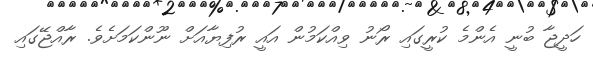
ހަދީޖާ ބުނީ އެންމެ ކުރީގައި ރޯނު ވިއްކަމުން އައީ ރުފިޔާއަށް ނޫންކަމަށެވެ. ރާއްޖޭގައި